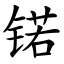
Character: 锘